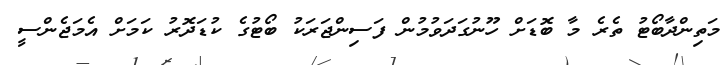
މަތިންދާބޯޓު ތެރެ މާ ބޮޑަށް ހޫނުގަދަވުމުން ފަސިންޖަރަކު ބޯޓުގެ ކުޑަދޮރު ކަމަށް އެމަޖެންސީ